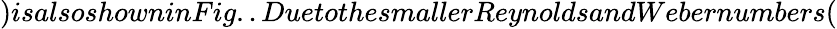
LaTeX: )isalsoshowninFig..DuetothesmallerReynoldsandWebernumbers(